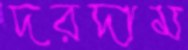
দরদাম